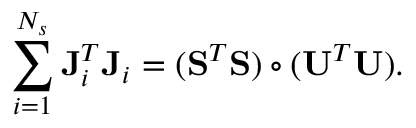
\sum _ { i = 1 } ^ { N _ { s } } \mathbf { J } _ { i } ^ { T } \mathbf { J } _ { i } = ( \mathbf { S } ^ { T } \mathbf { S } ) \circ ( \mathbf { U } ^ { T } \mathbf { U } ) .